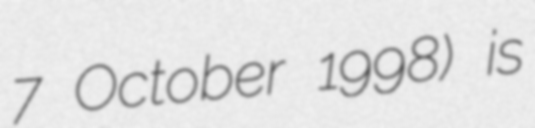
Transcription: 7 October 1998) is